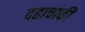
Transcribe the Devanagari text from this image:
दहाचाकी